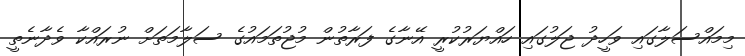
މިމައްސަލާގައި ވަހީދު ޖަލުގައި ހައްޔަރުކުރީ އޭނާގެ ފަރާތުން މުޖުތަމައުގެ ސަލާމަތަށް ނުރައްކާ ވެދާނެތީ